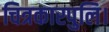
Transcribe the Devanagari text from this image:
चित्रकारपुलि।